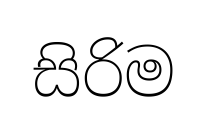
සිරිම